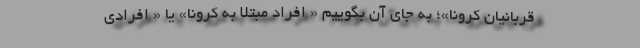
قربانیان کرونا»؛ به جای آن بگوییم « افراد مبتلا به کرونا» یا « افرادی